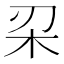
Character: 𣏉